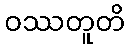
ဝဿတူတိ